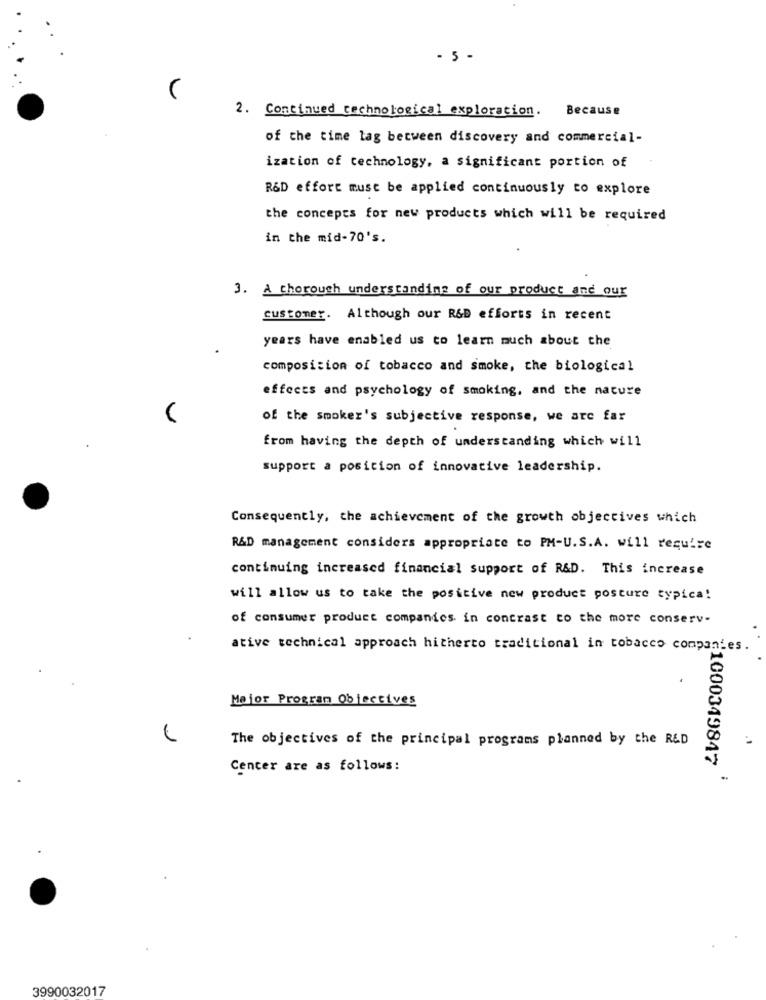
- 5 -
2. Continued technological exploration. Because
of the time lag between discovery and commercial-
ization of technology, a significant portion of
R&D effort must be applied continuously to explore
the concepts for new products which will be required
in the mid-70's.
3. A thorough understanding of our product and our
customer. Although our R&D efforts in recent
years have enabled us to learn much about the
composition of tobacco and smoke, the biological
effects and psychology of smoking, and the nature
V
of the smoker's subjective response, we are far
from having the depth of understanding which will
support a position of innovative leadership.
Consequently, the achievement of the growth objectives which
R&D management considers appropriate to PM-U.S.A. will require
continuing increased financial support of R&D. This increase
will allow us to take the positive new product posture typica!
of consumer product companies in contrast to the more conserv-
ative technical approach hitherto traditional in tobacco companies.
Mejor Program Objectives
The objectives of the principal programs planned by the R&D
Center are as follows:
:1000349847
3990032017